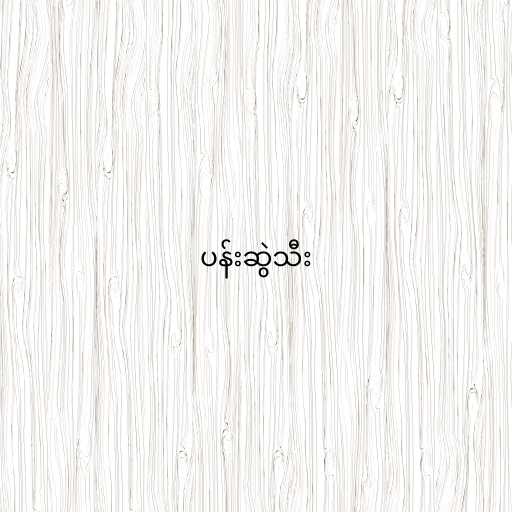
ပန်းဆွဲသီး